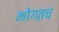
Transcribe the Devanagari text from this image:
भोगतच